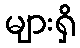
များရှိ